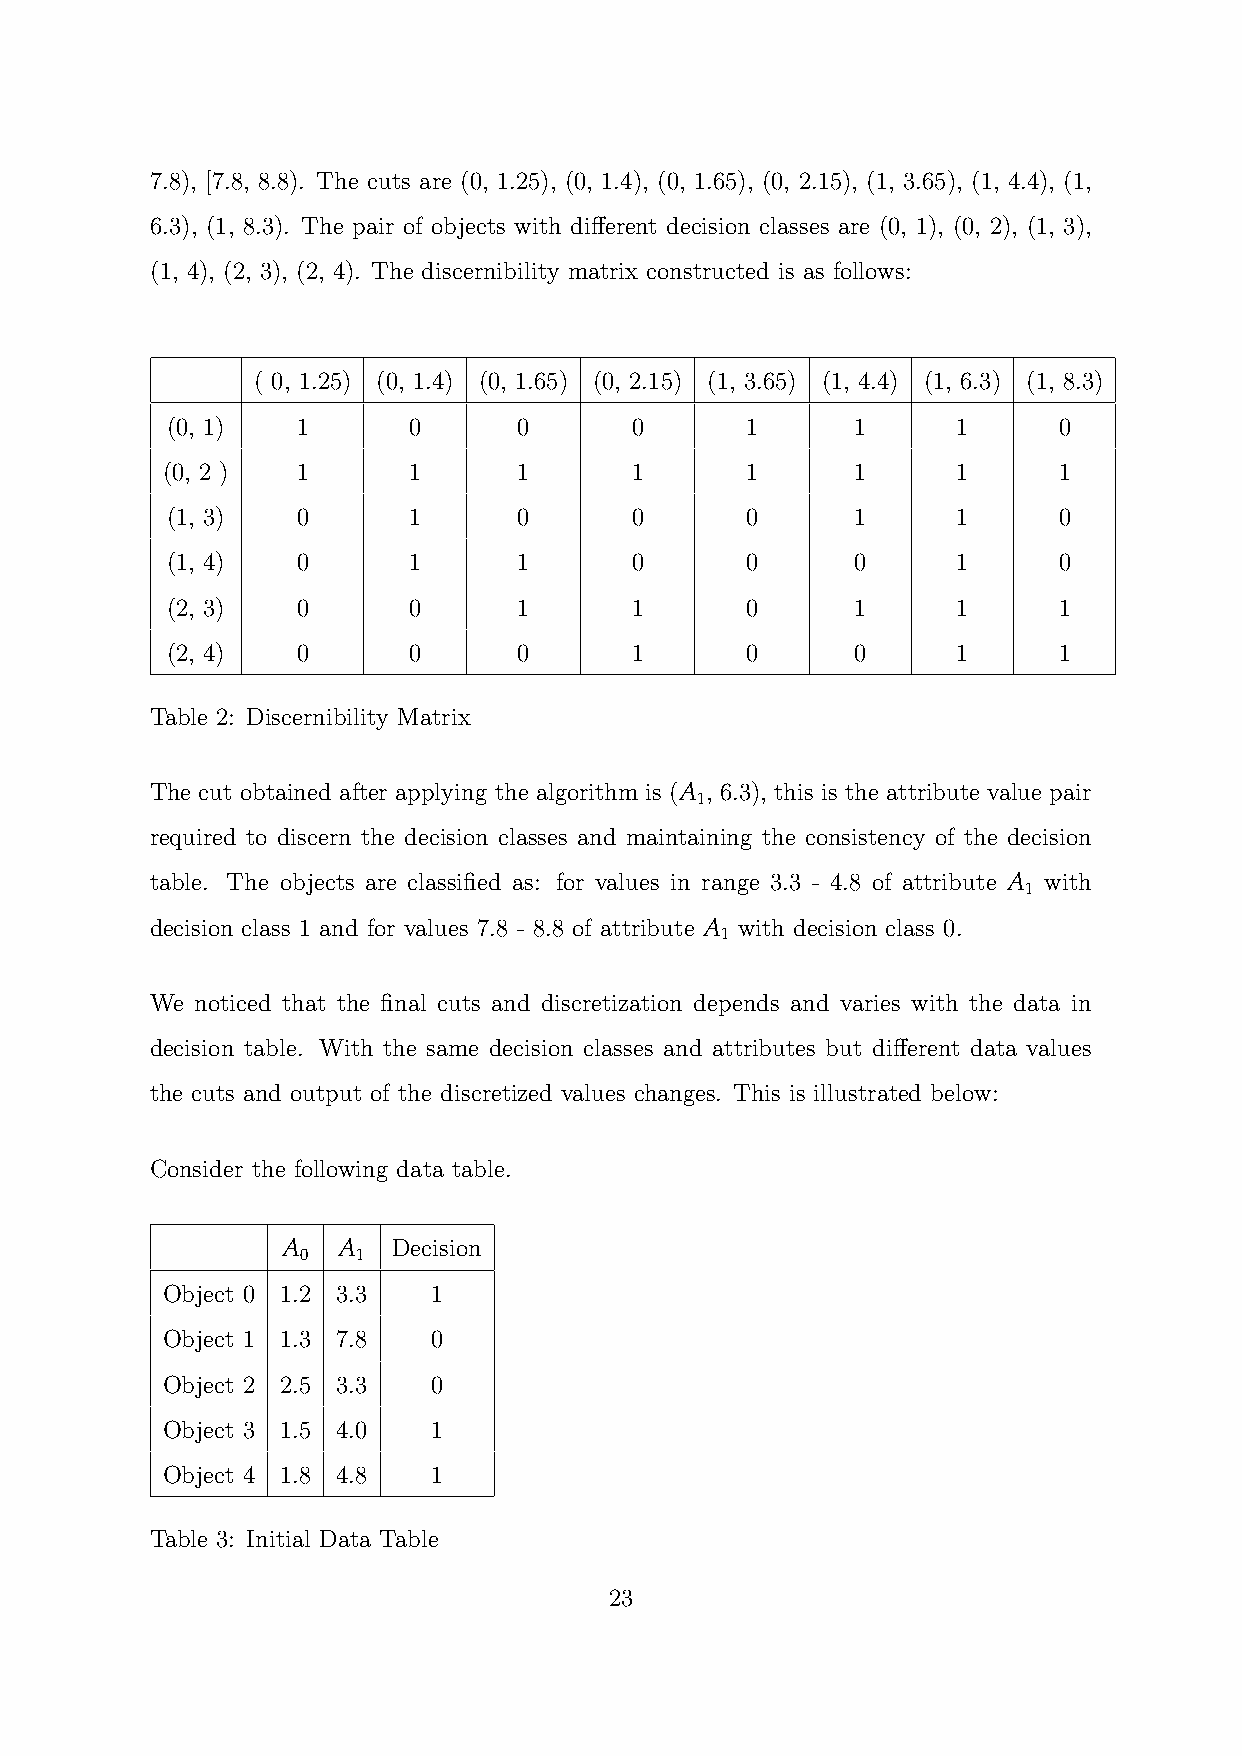
7.8), [7.8, 8.8). The cuts are (0, 1.25), (0, 1.4), (0, 1.65), (0, 2.15), (1, 3.65), (1, 4.4), (1,
 6.3), (1, 8.3). The pair of objects with different decision classes are (0, 1), (0, 2), (1, 3),
 (1, 4), (2, 3), (2, 4). The discernibility matrix constructed is as follows:
 ( 0, 1.25) (0, 1.4) (0, 1.65) (0, 2.15) (1, 3.65) (1, 4.4) (1, 6.3) (1, 8.3)
 (0, 1)   1      0      0       0      1       1     1      0
 (0, 2 )  1      1      1       1      1       1     1      1
 (1, 3)   0      1      0       0      0       1     1      0
 (1, 4)   0      1      1       0      0       0     1      0
 (2, 3)   0      0      1       1      0       1     1      1
 (2, 4)   0      0      0       1      0       0     1      1
 Table 2: Discernibility Matrix
 The cut obtained after applying the algorithm is (A , 6.3), this is the attribute value pair
 1
 required to discern the decision classes and maintaining the consistency of the decision
 table. The objects are classified as: for values in range 3.3 - 4.8 of attribute A with
 1
 decision class 1 and for values 7.8 - 8.8 of attribute A with decision class 0.
 1
 We noticed that the final cuts and discretization depends and varies with the data in
 decision table. With the same decision classes and attributes but different data values
 the cuts and output of the discretized values changes. This is illustrated below:
 Consider the following data table.
 A  A   Decision
 0   1
 Object 0 1.2 3.3  1
 Object 1 1.3 7.8  0
 Object 2 2.5 3.3  0
 Object 3 1.5 4.0  1
 Object 4 1.8 4.8  1
 Table 3: Initial Data Table
 23